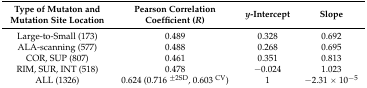
<table><thead><tr><td><b>Type of Mutaton and Mutation Site Location</b></td><td><b>Pearson Correlation Coefficient (<i>R</i>)</b></td><td><b><i>y</i>-Intercept</b></td><td><b>Slope</b></td></tr></thead><tbody><tr><td>Large-to-Small (173)</td><td>0.489</td><td>0.328</td><td>0.692</td></tr><tr><td>ALA-scanning (577)</td><td>0.488</td><td>0.268</td><td>0.695</td></tr><tr><td>COR, SUP (807)</td><td>0.461</td><td>0.351</td><td>0.813</td></tr><tr><td>RIM, SUR, INT (518)</td><td>0.478</td><td>−0.024</td><td>1.023</td></tr><tr><td>ALL (1326)</td><td>0.624 (0.716 <sup>±2SD</sup>, 0.603 <sup>CV</sup>)</td><td>1</td><td>−2.31 × 10<sup>−5</sup></td></tr></tbody></table>